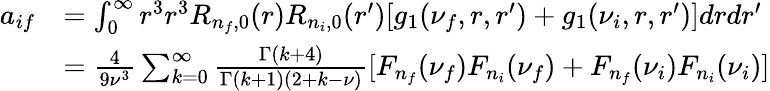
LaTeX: \begin{array}{rl}{a_{if}}&{=\int_{0}^{\infty}r^{3}r^{3}R_{n_{f},0}(r)R_{n_{i},0}(r^{\prime})[g_{1}(\nu_{f},r,r^{\prime})+g_{1}(\nu_{i},r,r^{\prime})]drdr^{\prime}}\\ &{=\frac{4}{9\nu^{3}}\sum_{k=0}^{\infty}\frac{\Gamma(k+4)}{\Gamma(k+1)(2+k-\nu)}[F_{n_{f}}(\nu_{f})F_{n_{i}}(\nu_{f})+F_{n_{f}}(\nu_{i})F_{n_{i}}(\nu_{i})]}\end{array}